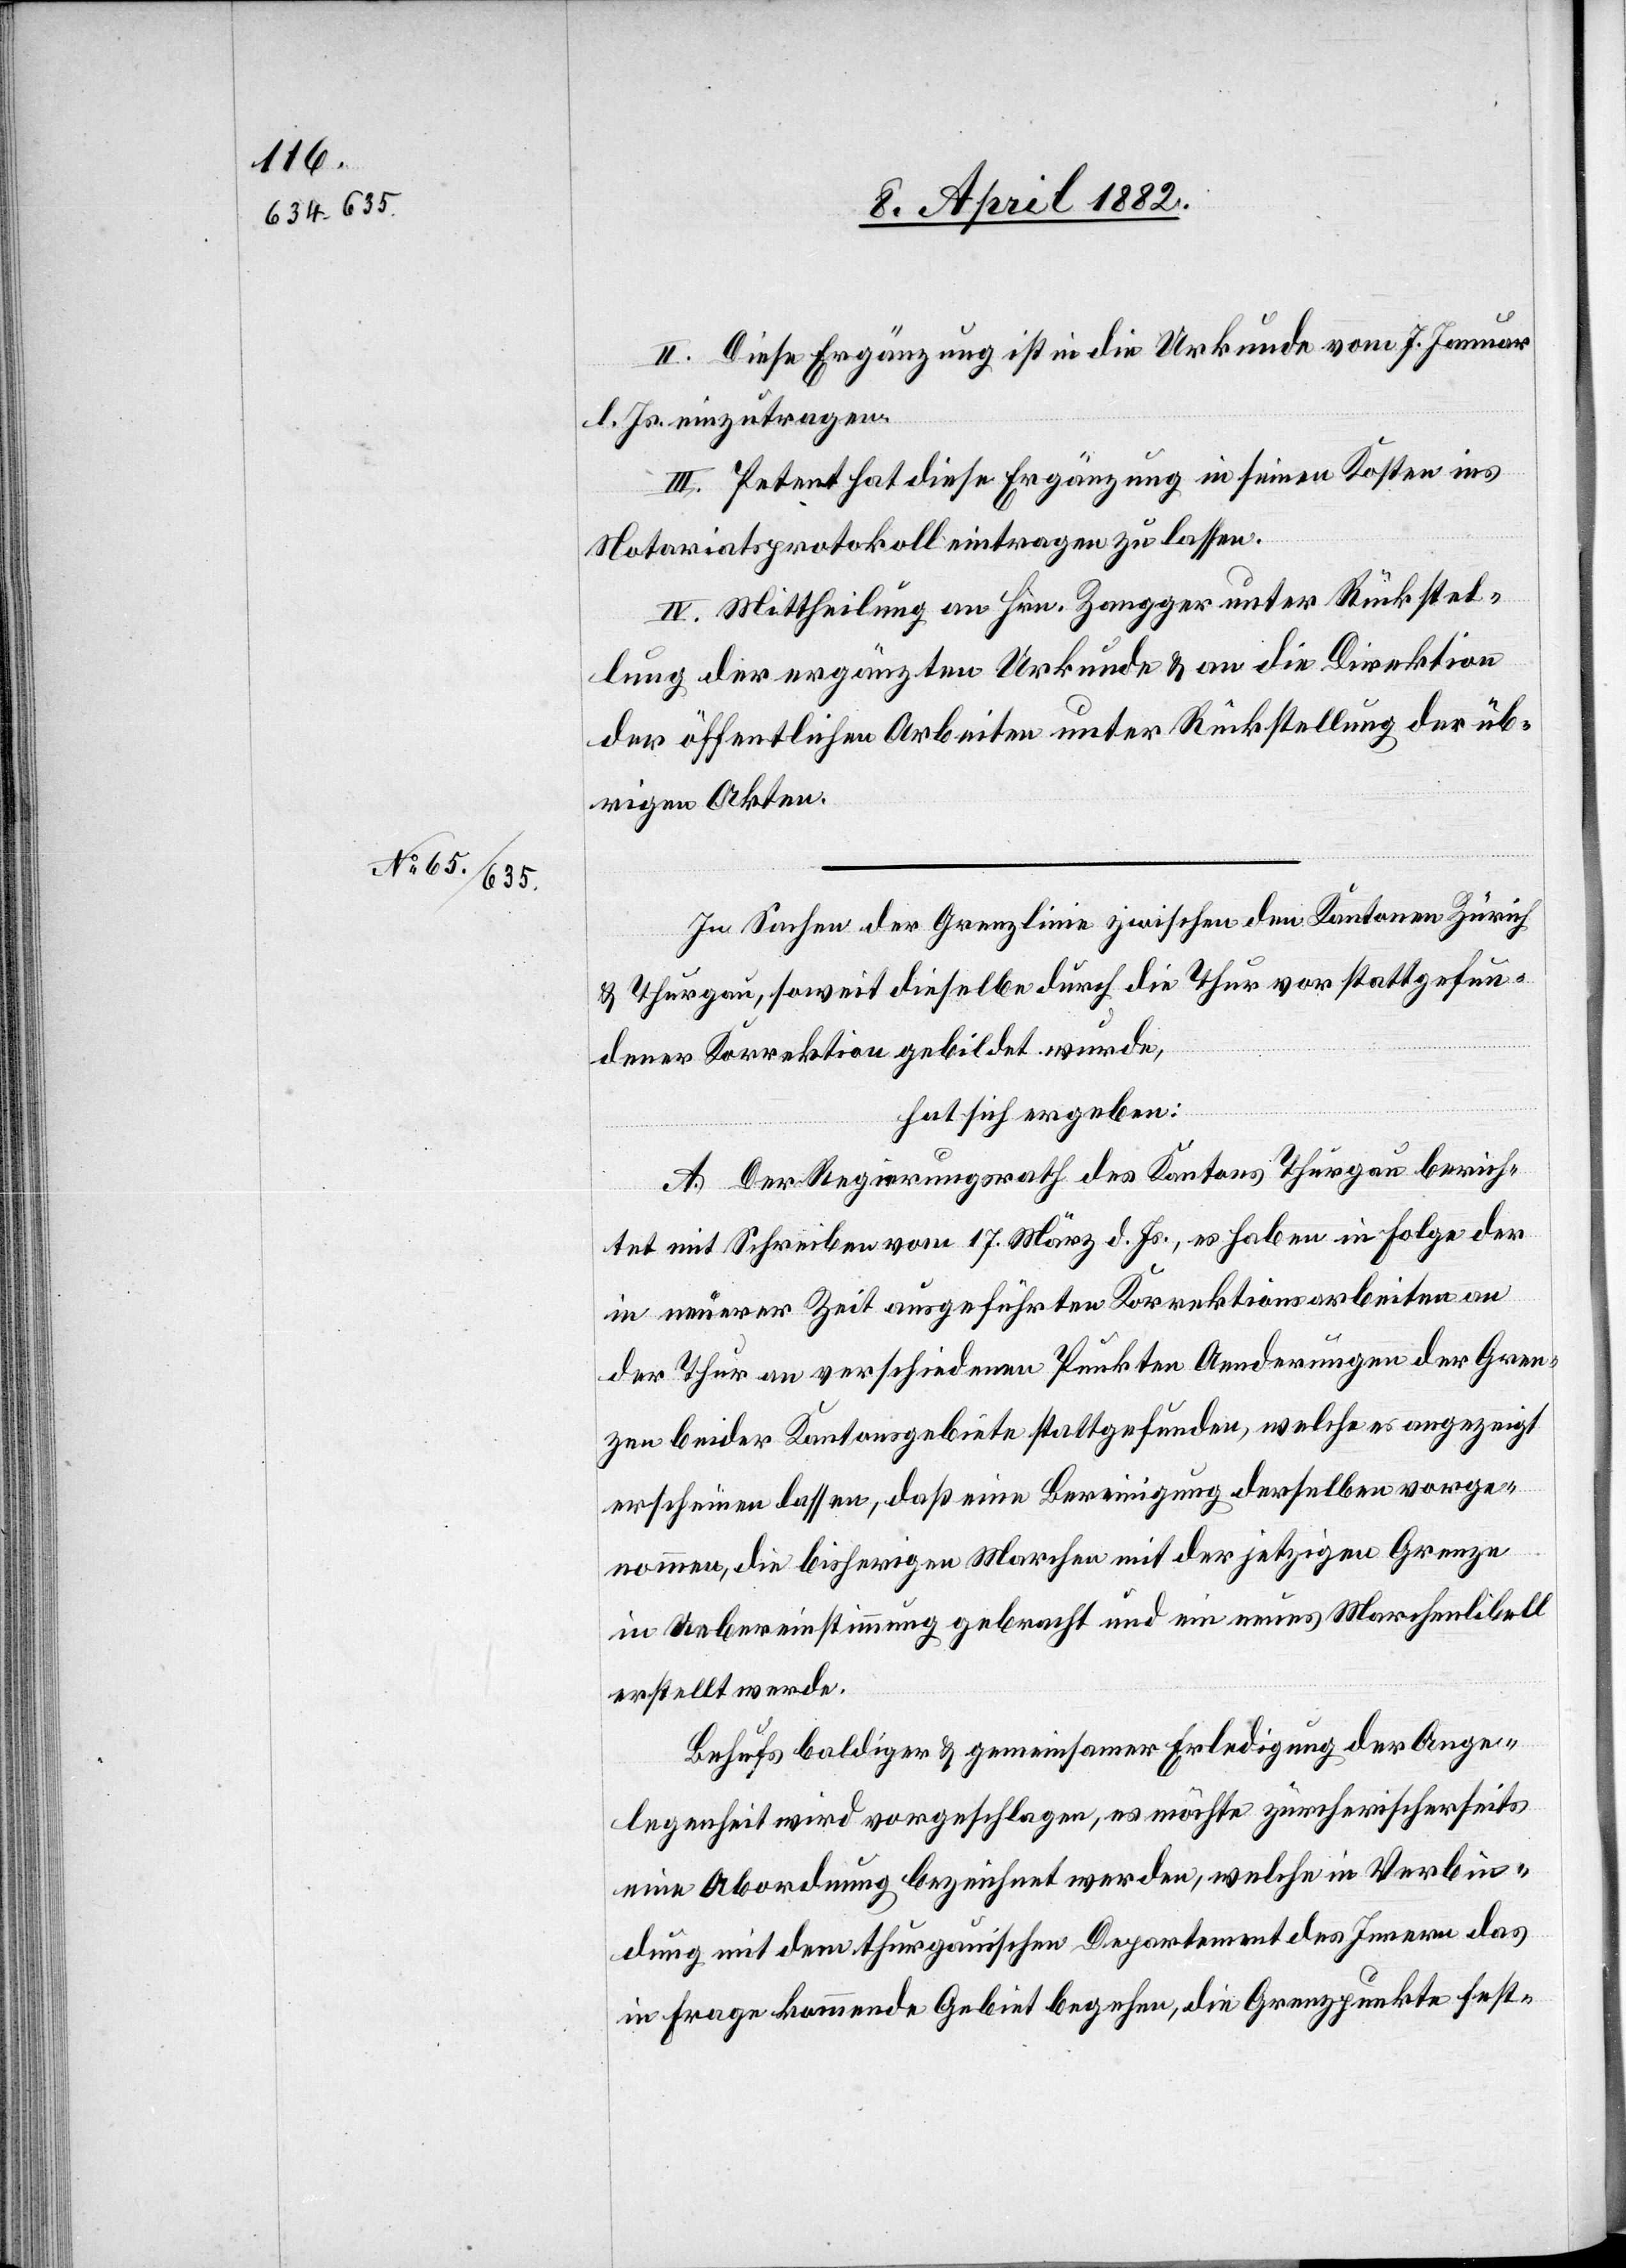
In Sachen der Grenzlinie zwischen den Kantonen Zürich
& Thurgau, soweit dieselbe durch die Thur vor stattgefun¬
dener Korrektion gebildet wurde,
hat sich ergeben:
A. Der Regierungsrath des Kantons Thurgau berich¬
tet mit Schreiben vom 17. März d. Js., es haben in Folge der
in neuerer Zeit ausgeführten Korrektionsarbeiten an
der Thur an verschiedenen Punkten Aenderungen der Gren¬
zen beider Kantonsgebiete stattgefunden, welche es angezeigt
erscheinen lassen, daß eine Bereinigung derselben vorge¬
nommen, die bisherigen Marchen mit der jetzigen Grenze
in Uebereinstimmung gebracht und ein neues Marchenlibell
erstellt werde.
Behufs baldiger & gemeinsamer Erledigung der Ange¬
legenheit wird vorgeschlagen, es möchte zürcherischerseits
eine Abordnung bezeichnet werden, welche in Verbin¬
dung mit dem thurgauischen Departement des Innern das
in Frage kommende Gebiet begehen, die Grenzpunkte fest-